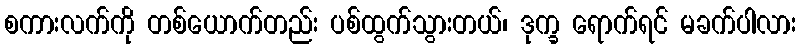
စကားလက်ကို တစ်ယောက်တည်း ပစ်ထွက်သွားတယ်၊ ဒုက္ခ ရောက်ရင် မခက်ပါလား